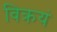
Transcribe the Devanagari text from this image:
विक्रयं